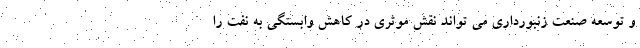
و توسعه صنعت زنبورداری می تواند نقش موثری در کاهش وابستگی به نفت را